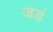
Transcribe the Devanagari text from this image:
जडं